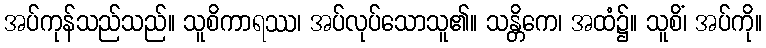
အပ်ကုန်သည်သည်။ သူစိကာရဿ၊ အပ်လုပ်သောသူ၏။ သန္တိကေ၊ အထံ၌။ သူစိံ၊ အပ်ကို။